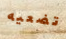
تضعيه